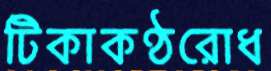
টিকাকণ্ঠরোধ